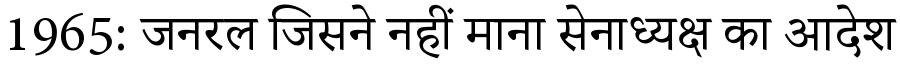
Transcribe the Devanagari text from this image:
1965: जनरल जिसने नहीं माना सेनाध्यक्ष का आदेश